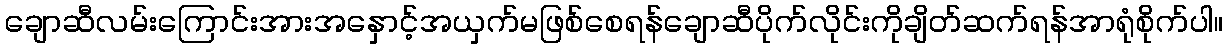
ချောဆီလမ်းကြောင်းအားအနှောင့်အယှက်မဖြစ်စေရန်ချောဆီပိုက်လိုင်းကိုချိတ်ဆက်ရန်အာရုံစိုက်ပါ။